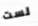
لست